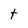
Character: t